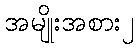
အမျိုးအစား၂